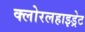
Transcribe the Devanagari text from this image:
क्लोरलहाइड्रेट